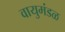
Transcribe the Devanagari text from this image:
वायुमंडळ